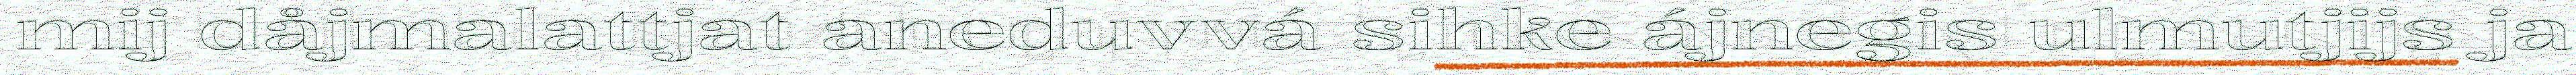
mij dåjmalattjat aneduvvá sihke ájnegis ulmutjijs ja